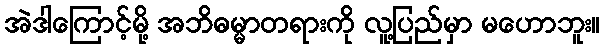
အဲဒါကြောင့်မို့ အဘိဓမ္မာတရားကို လူ့ပြည်မှာ မဟောဘူး။